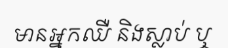
មានអ្នកឈឺ និងស្លាប់ ឬ